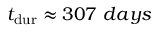
\ensuremath { t _ { \mathrm { d u r } } } \approx 3 0 7 ~ d a y s